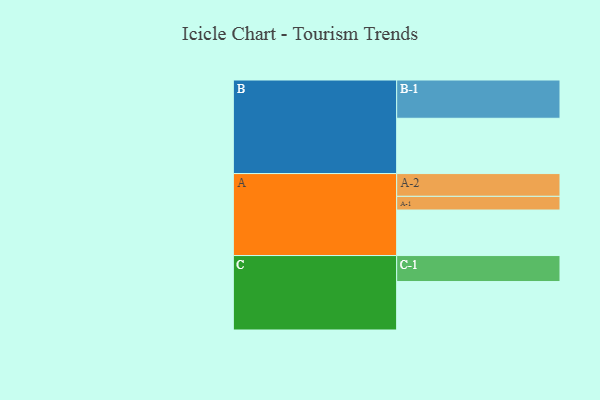
{"axis": {"x": "Segment", "y": "Value"}, "legend": ["", "A", "B", "C"], "data": [{"x": "A", "y": 326, "type": ""}, {"x": "B", "y": 396, "type": ""}, {"x": "C", "y": 347, "type": ""}, {"x": "A-1", "y": 98, "type": "A"}, {"x": "A-2", "y": 163, "type": "A"}, {"x": "B-1", "y": 274, "type": "B"}, {"x": "C-1", "y": 186, "type": "C"}]}